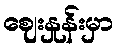
ဈေးနှုန်းမှာ